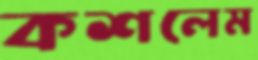
কশলেম